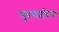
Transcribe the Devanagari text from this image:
सुबन्तप्रक्रिया